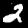
Label: 2